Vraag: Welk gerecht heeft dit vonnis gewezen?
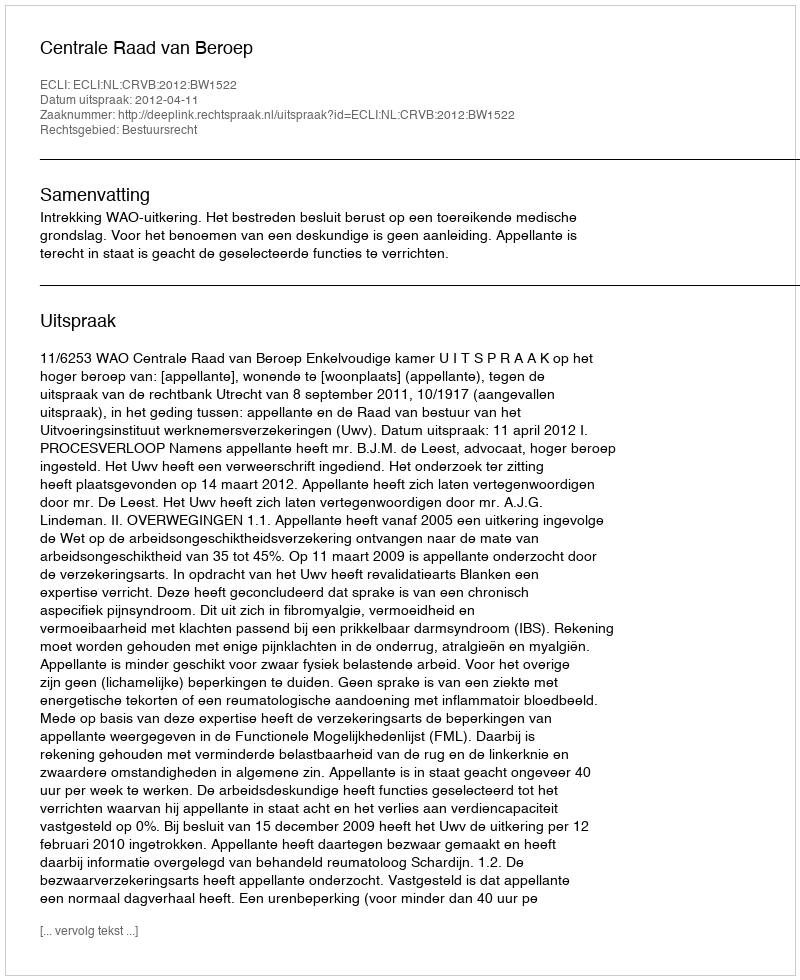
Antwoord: Centrale Raad van Beroep